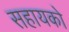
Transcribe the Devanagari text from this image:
सहायको